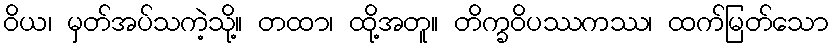
ဝိယ၊ မှတ်အပ်သကဲ့သို့။ တထာ၊ ထို့အတူ။ တိက္ခဝိပဿကဿ၊ ထက်မြတ်သော